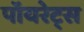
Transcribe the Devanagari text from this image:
पॉयरेट्स